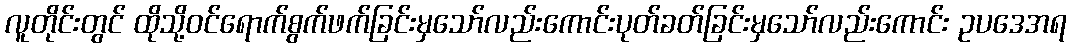
လူတိုင်းတွင် ထိုသို့ဝင်ရောက်စွက်ဖက်ခြင်းမှသော်လည်းကောင်းပုတ်ခတ်ခြင်းမှသော်လည်းကောင်း ဥပဒေအရ